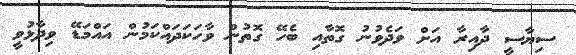
ސިޔާސީ ދާއިރާ އަށް ވަދެވުނު ގޮތާއި ބެހޭ ގޮތުން ވާހަކަދައްކަމުން އައްމަޑޭ ވިދާޅުވީ